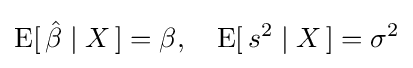
\operatorname {E} [\,{\hat {\beta }}\mid X\,]=\beta ,\quad \operatorname {E} [\,s^{2}\mid X\,]=\sigma ^{2}